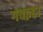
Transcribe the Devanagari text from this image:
गंवइहा